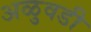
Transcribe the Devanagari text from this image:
अळुवडी